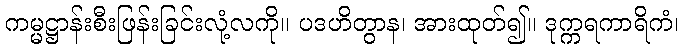
ကမ္မဋ္ဌာန်းစီးဖြန်းခြင်းလုံ့လကို။ ပဒဟိတွာန၊ အားထုတ်၍။ ဒုက္ကရကာရိကံ၊